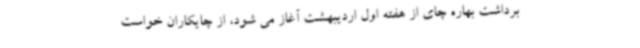
برداشت بهاره چای از هفته اول اردیبهشت آغاز می شود، از چایکاران خواست